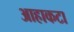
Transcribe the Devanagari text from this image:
आहाकटा